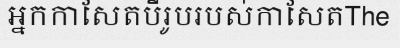
អ្នកកាសែតបីរូបរបស់កាសែតThe